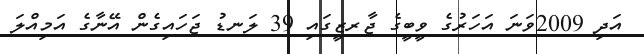
އަދި 2009ވަނަ އަހަރުގެ ވީބީގެ ޖާރޒީގައި 39 ލަނޑު ޖަހައިގެން އޭނާގެ އަމިއްލަ